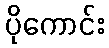
ပိုကောင်း